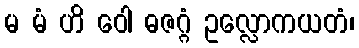
မ မံ ဟိ ဝေါ ဓဇဂ္ဂံ ဥလ္လောကယတံ၊